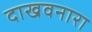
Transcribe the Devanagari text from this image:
दाखवनारा